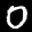
Label: 0